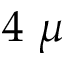
4 ~ \mu